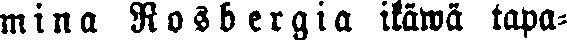
mina Rosbergia ikäwä tapa-